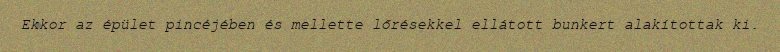
Ekkor az épület pincéjében és mellette lőrésekkel ellátott bunkert alakítottak ki.